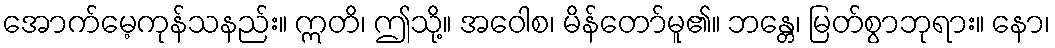
အောက်မေ့ကုန်သနည်း။ ဣတိ၊ ဤသို့။ အဝေါစ၊ မိန်တော်မူ၏။ ဘန္တေ၊ မြတ်စွာဘုရား။ နော၊